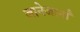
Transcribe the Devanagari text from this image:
जानेजानाँ